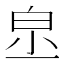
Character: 𤽔